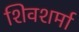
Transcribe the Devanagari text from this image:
शिवशर्मा